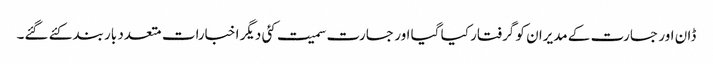
ڈان اور جسارت کے مدیران کو گرفتار کیا گیا اور جسارت سمیت کئی دیگر اخبارات متعدد بار بند کئے گئے۔